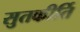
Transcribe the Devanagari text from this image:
सुतकीर्ति